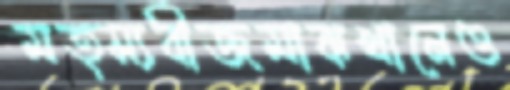
মত্স্যবীজমাঝখানেও